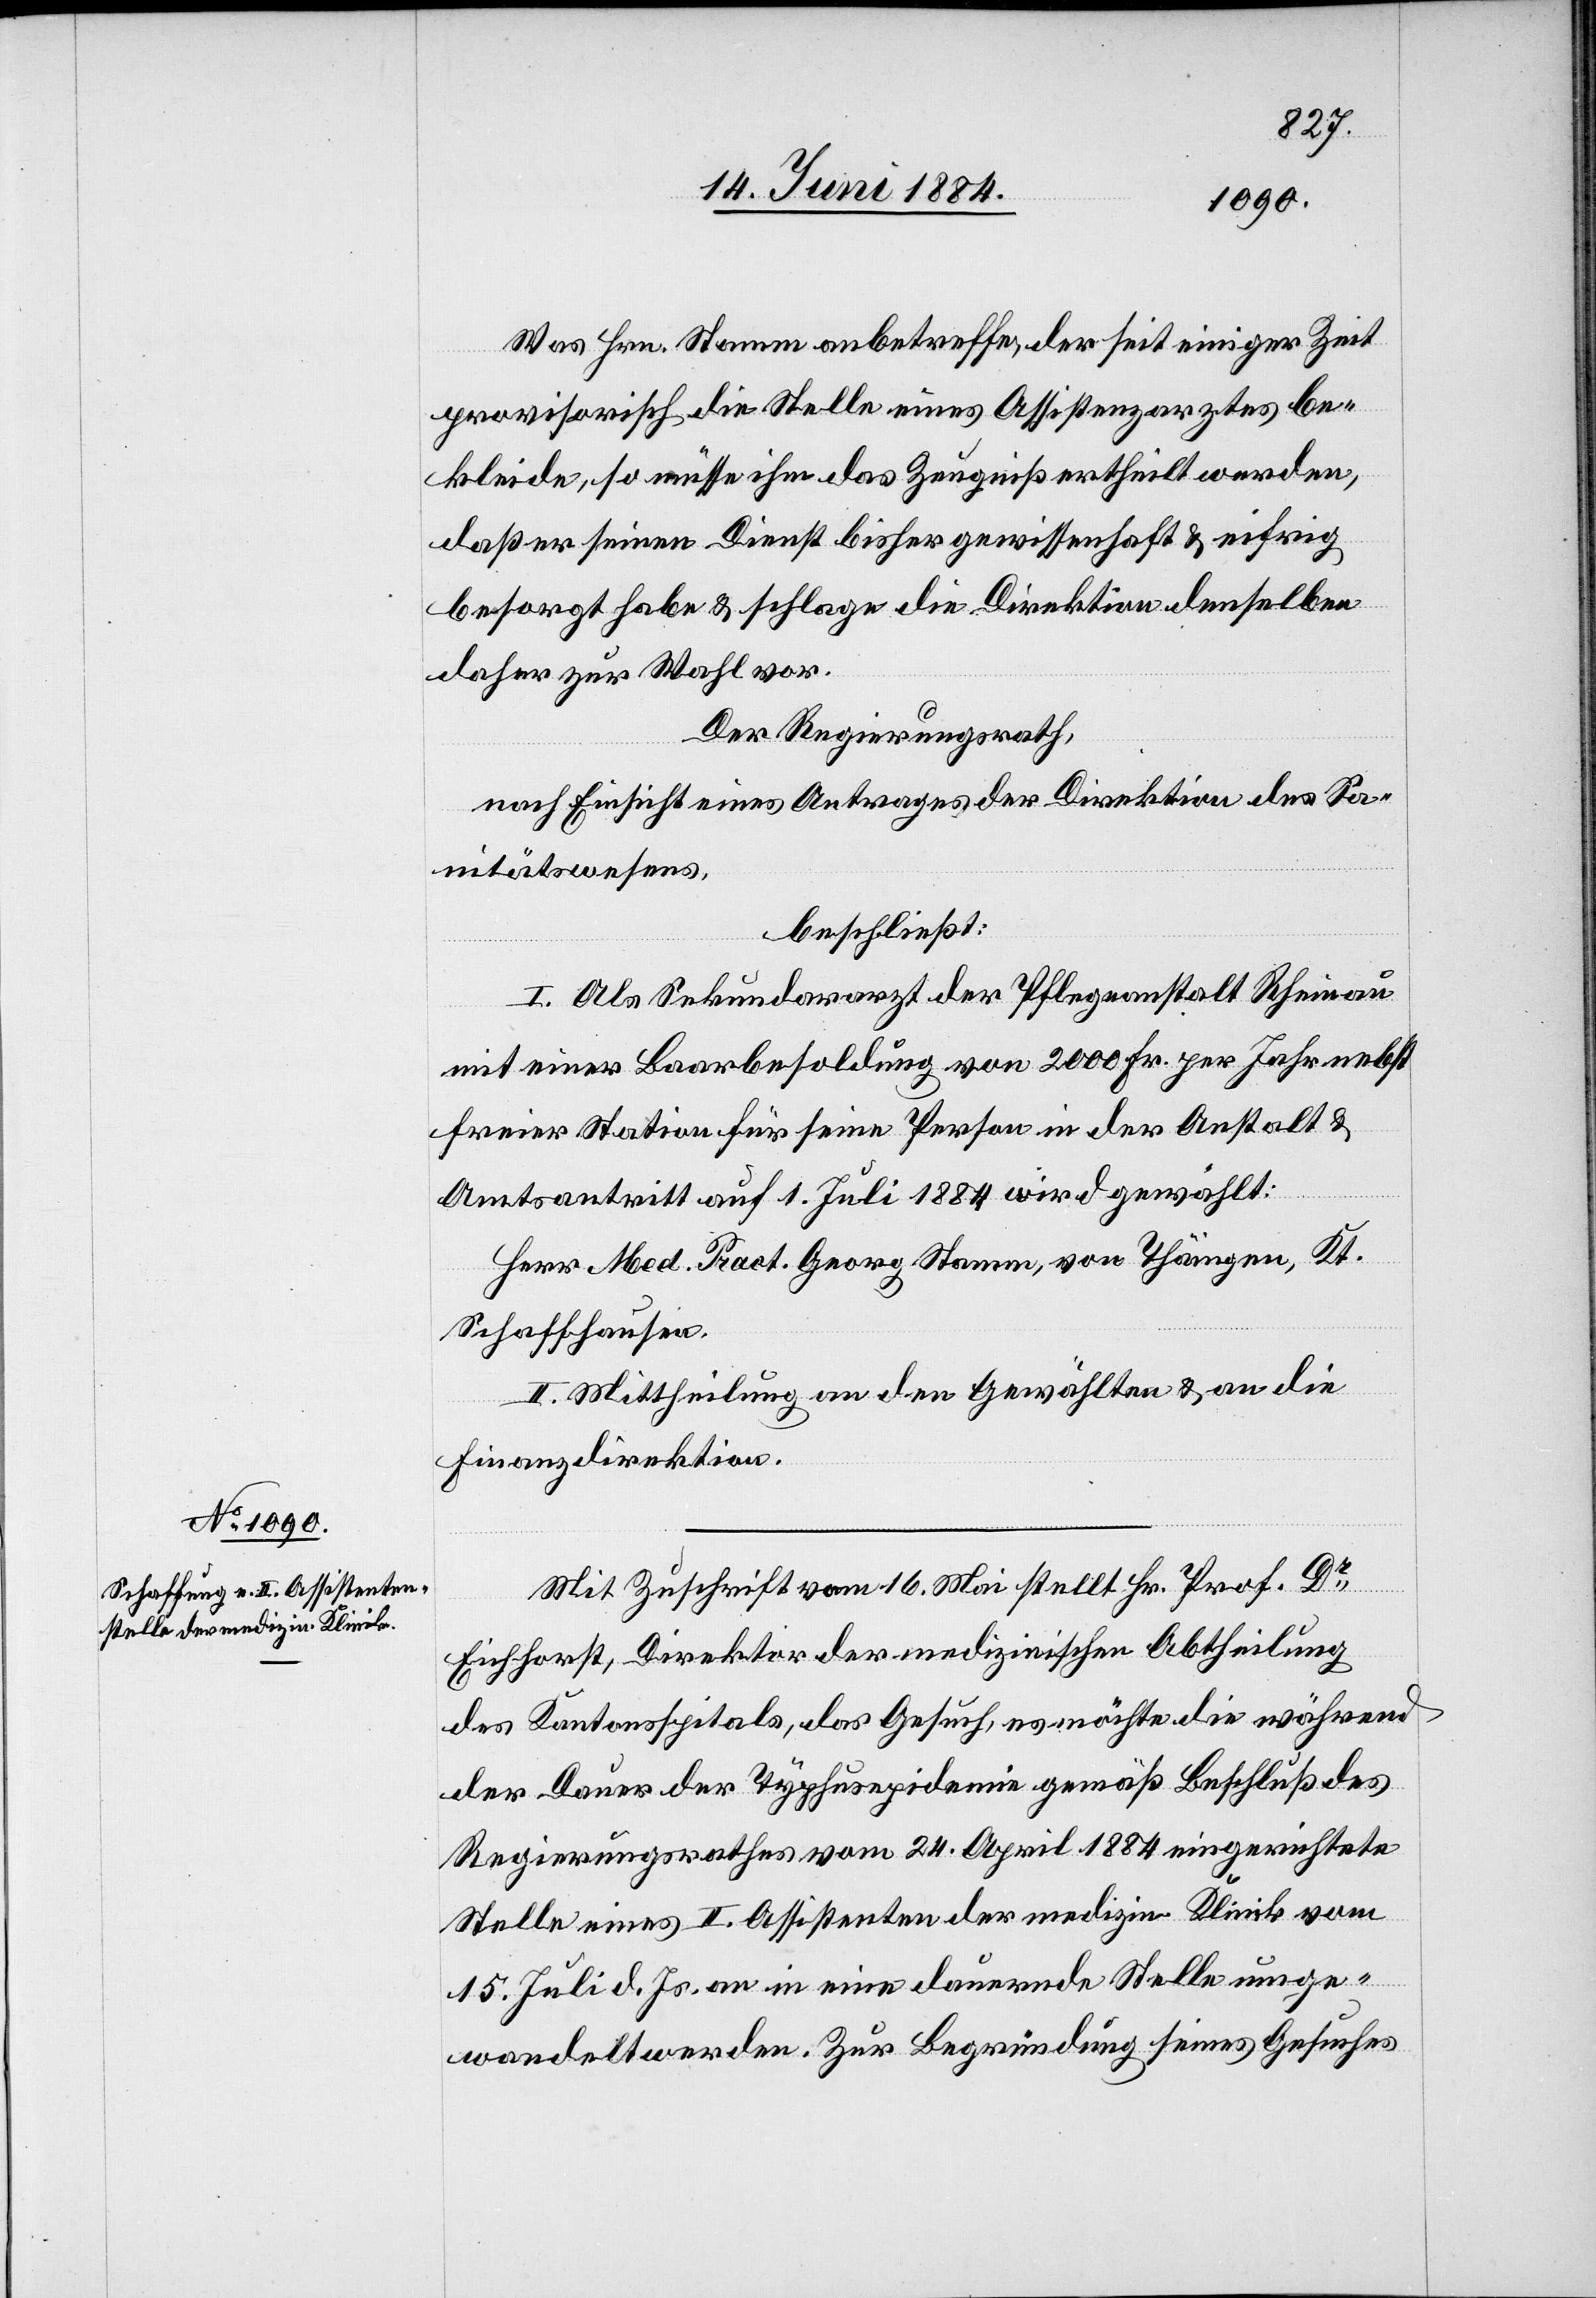
Was Hrn. Stamm anbetreffe, der seit einiger Zeit
provisorisch die Stelle eines Assistenzarztes be¬
kleide, so müsse ihm das Zeugniß ertheilt werden,
daß er seien Dienst bisher gewissenhaft & eifrig
besorgt habe & schlage die Direktion denselben
daher zur Wahl vor.
Der Regierungsrath,
nach Einsicht eines Antrages der Direktion des Sa¬
nitätswesens
beschließt:
I. Als Sekundararzt der Pflegeanstalt Rheinau
mit einer Baarbesoldung von 2000 Fr. per Jahr nebst
freier Station für seine Person in der Anstalt &
Amtsantritt auf 1. Juli 1884 wird gewählt:
Herr Med. Pract. Georg Stamm, von Thäingen, Kt.
Schaffhausen.
II. Mittheilung an den Gewählten & an die
Finanzdirektion.